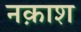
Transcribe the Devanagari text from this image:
नक़ाश